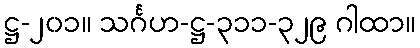
ဋ္ဌ-၂၀၁။ သင်္ဂဟ-ဋ္ဌ-၃၁၁-၃၂၉ ဂါထာ။